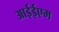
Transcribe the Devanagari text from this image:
आईईएम